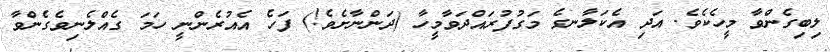
ލިބިގެންވާ މީހެކެވެ. އަދި އެކަލާނގެ މަގުފުރައްދަވާމީހާ (ދަންނާށެވެ!) ފަހެ އެއުރެންނީ ހަމަ ގެއްލެނިވެގެންވާ